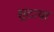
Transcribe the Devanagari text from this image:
सुटावा